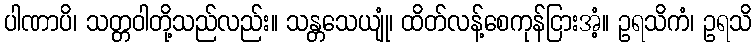
ပါဏာပိ၊ သတ္တဝါတို့သည်လည်း။ သန္တသေယျုံ၊ ထိတ်လန့်စေကုန်ငြားအံ့။ ဥရသိကံ၊ ဥရသိ